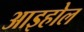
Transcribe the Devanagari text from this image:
आइहोल